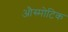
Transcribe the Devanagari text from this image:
औस्मोटिक